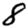
Digit: 8